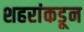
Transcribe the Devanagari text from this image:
शहरांकडून